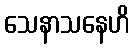
သေနာသနေဟိ